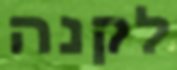
לקנה